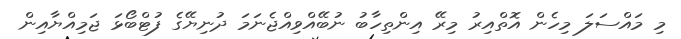
މި މައްސަލަ މިހެން އޮތްއިރު މިރޭ އިންތިހާބު ނުބޭއްވިއްޖެނަމަ ދުނިޔޭގެ ފުޓްބޯޅަ ޖަމިއްޔާއިން